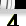
Digit: 3